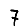
Digit: 7